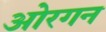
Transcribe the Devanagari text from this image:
ओरगन